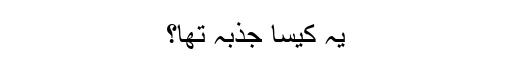
یہ کیسا جذبہ تھا؟